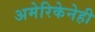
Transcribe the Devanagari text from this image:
अमेरिकेनेही